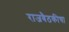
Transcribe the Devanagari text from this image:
राजबैठकीचा